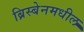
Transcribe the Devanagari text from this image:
ब्रिस्बेनमधील